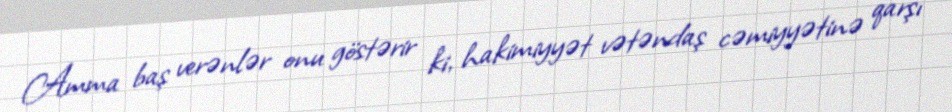
Amma baş verənlər onu göstərir ki, hakimiyyət vətəndaş cəmiyyətinə qarşı